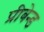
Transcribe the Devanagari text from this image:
प्रीबेन्ड